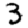
Digit: 3